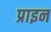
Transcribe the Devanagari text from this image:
प्राइन